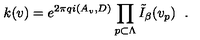
\left. k ( v ) = e ^ { 2 \pi q i \left( A _ { v } , D \right) } \prod _ { p \subset \Lambda } \tilde { I } _ { \beta } ( v _ { p } ) \right. \ .